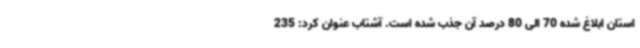
استان ابلاغ شده 70 الی 80 درصد آن جذب شده است. آشتاب عنوان کرد: 235